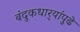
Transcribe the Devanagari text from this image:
बंदुकधार्‍यांपुढे